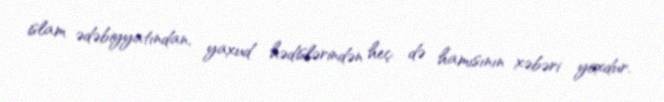
islam ədəbiyyatından, yaxud hədislərindən heç də hamısının xəbəri yoxdur.